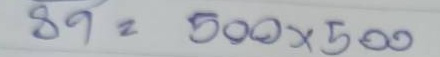
89 = 500 x 500